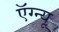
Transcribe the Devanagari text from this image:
ऍग्न्यू